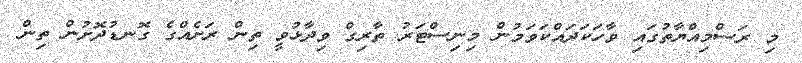
މި ރަސްމިއްޔާތުގައި ވާހަކަދައްކަަވަމުން މިނިސްޓަރު ތާރިގް ވިދާޅުވީ ތިން ރަށެއްގެ ގޮނޑުދޮށުން ތިން